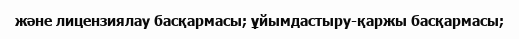
және лицензиялау басқармасы; ұйымдастыру-қаржы басқармасы;